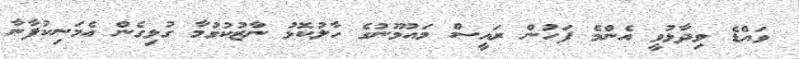
ވައްޑެ ވިދާޅުވީ އެންމެ ފަހުން ރައީސް މައުމޫނުގެ ހާލުކޮޅު ނާޒުކުވުމާ ގުޅިގެން އެމަނިކުފާނާ